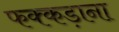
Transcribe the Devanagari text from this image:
फक्‍कड़ाना